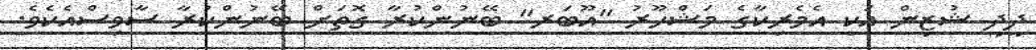
ދީދީ ޝުޒިން އަކީ އެމެރިކާގެ މަޝްހޫރު "އޫބަރ" ބޭނުންކުރާ ގޮތަށް ބޭނުންކުރާ ސާވިސްއެކެވެ.